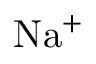
\mathrm { N a ^ { + } }